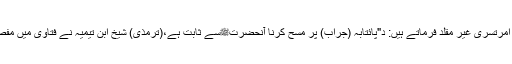
مولانا ثناء اللہ امرتسری غیر مقلد فرماتے ہیں: د"پائتابہ (جراب) پر مسح کرنا آنحضرتﷺسے ثابت ہے،(ترمذی) شیخ ابن تیمیہؒ نے فتاویٰ میں مفصل لکھا ہےد"۔